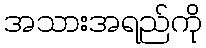
အသားအရည်ကို